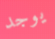
يوجد